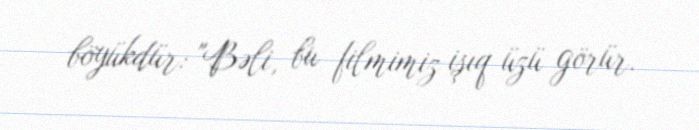
böyükdür: "Bəli, bu filmimiz işıq üzü görür.